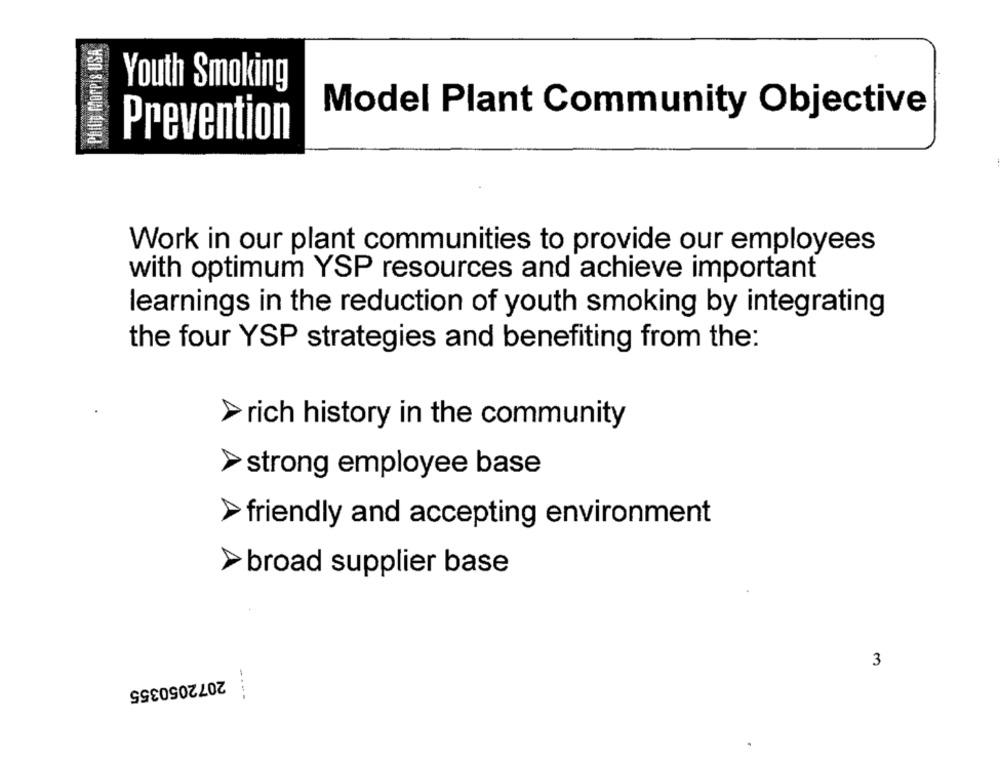
PEINE MOPPIS USA
Youth Smoking
Model Plant Community Objective
Prevention
Work in our plant communities to provide our employees
with optimum YSP resources and achieve important
learnings in the reduction of youth smoking by integrating
the four YSP strategies and benefiting from the:
>rich history in the community
strong employee base
friendly and accepting environment
broad supplier base
3
2072050355
----